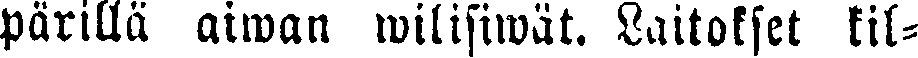
pärillä aiwan wilisiwät. Laitokset kil-